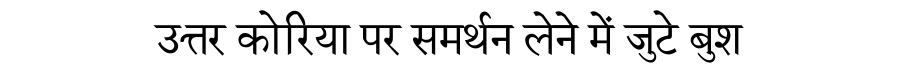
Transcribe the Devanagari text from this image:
उत्तर कोरिया पर समर्थन लेने में जुटे बुश